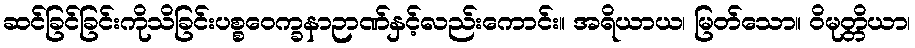
ဆင်ခြင်ခြင်းကိုသိခြင်းပစ္စဝေက္ခနာဉာဏ်နှင့်လည်းကောင်း။ အရိယာယ၊ မြတ်သော။ ဝိမုတ္တိယာ၊